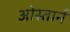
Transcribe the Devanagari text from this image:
ओस्तार्न